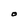
Character: O